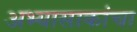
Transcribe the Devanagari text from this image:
अभ्यासाकांचा